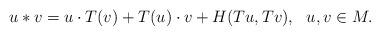
LaTeX: \begin{align*}u * v = u \cdot T(v) + T(u) \cdot v + H (Tu, Tv), ~~ u, v \in M.\end{align*}